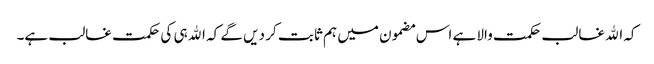
کہ اﷲ غالب حکمت والا ہے اس مضمون میں ہم ثا بت کر دیں گے کہ اﷲ ہی کی حکمت غالب ہے۔